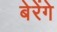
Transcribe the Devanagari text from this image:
बेरेंगे